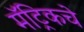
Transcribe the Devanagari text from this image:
मॅट्रिकचे